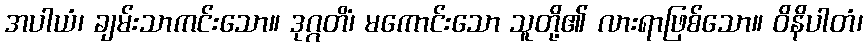
အပါယံ၊ ချမ်းသာကင်းသော။ ဒုဂ္ဂတိံ၊ မကောင်းသော သူတို့၏ လားရာဖြစ်သော။ ဝိနိပါတံ၊